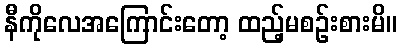
နီကိုလေအကြောင်းတော့ ထည့်မစဉ်းစားမိ။